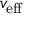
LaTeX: v _ { \mathrm { { e f f } } }